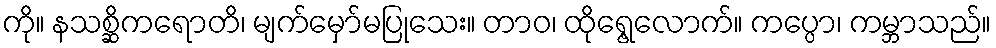
ကို။ နသစ္ဆိကရောတိ၊ မျက်မှော်မပြုသေး။ တာဝ၊ ထိုရွေ့လောက်။ ကပ္ပော၊ ကမ္ဘာသည်။